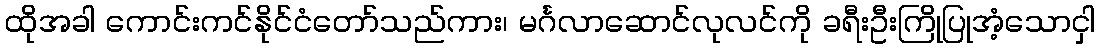
ထိုအခါ ကောင်းကင်နိုင်ငံတော်သည်ကား၊ မင်္ဂလာဆောင်လုလင်ကို ခရီးဦးကြိုပြုအံ့သောငှါ